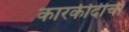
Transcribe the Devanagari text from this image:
कारकीदीर्ची